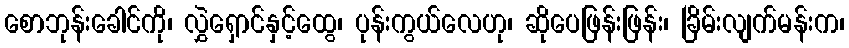
စောဘုန်းခေါင်ကို၊ လွှဲရှောင်နှင့်ထွေ၊ ပုန်းကွယ်လေဟု၊ ဆိုပေဖြန်းဖြန်း၊ ခြိမ်းလျက်မန်းက၊